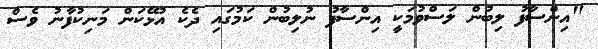
"އިންސާފު ލިބުން ލަސްވުމަކީ އިންސާފު ނުލިބުން ކަމުގައި ދެކެ އުޅޭކަން މަނިކުފާނު ވެސް